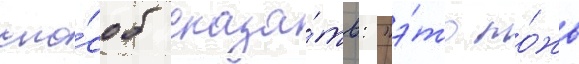
спо́соб сказа́ть: "э́то ло́жь